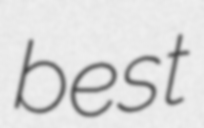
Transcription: best